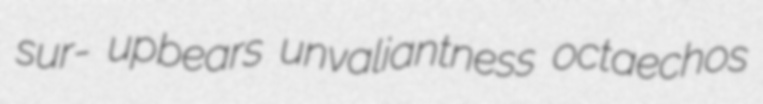
sur- upbears unvaliantness octaechos